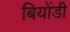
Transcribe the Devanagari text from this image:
बियोंडी